Report on vaccination in Madras 1922-1929 - 1922-1929
Year: 1922
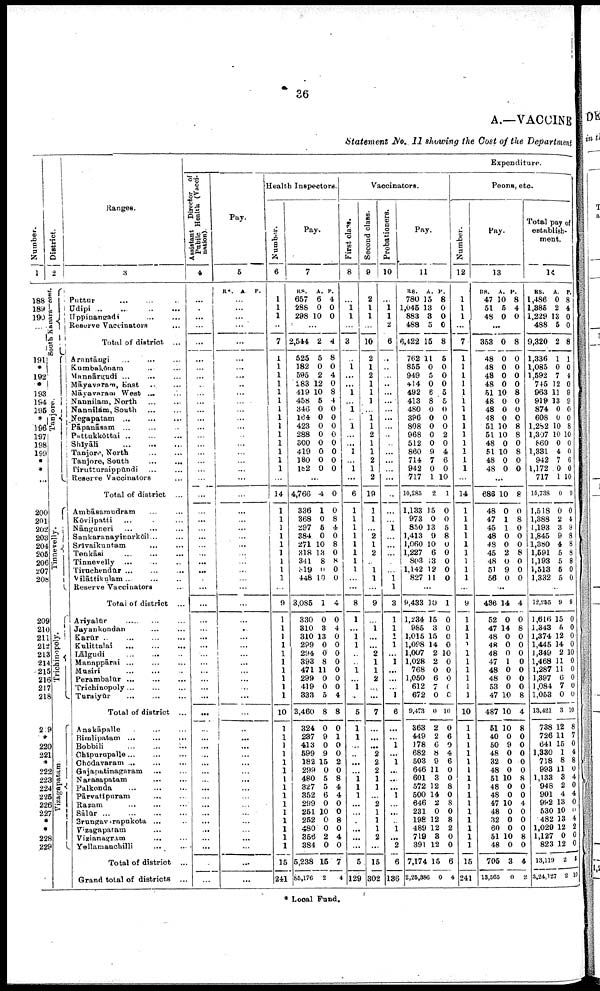
36
A.—VACCINE
Statement No. II showing the Cost of the Department
Number.
1
188
189
190
...
191
*
192
*
193
194
195
*
196
197
198
199
*
*
...
200
201
202
203
204
205
206
207
208
209
210
211
212
213
214
215
216
217
218
2 9
*
220
221
*
222
223
224
225
226
227
*
*
228
229
District.
2
South Kanara—cont.
Tanjore.
Tinnevelly.
Trichinopoly.
Vizagapatam.
Ranges.
3
Puttur...
...
...
...
Udipi...
...
...
Uppinangadi... ...
Reserve Vaccinators... ...
Total of district... ...
Arantāugi... ...
Kumbakōnam... ...
Mannārgudi... ...
Māyavaram,East... ... ...
Māyavnram West... ...
Nannilam, North... ...
Nannilām, South...
...
Negapatam...
...
...
Pāpanāsam ...
Pattukkōttai... ... ...
Shiyāli... ...
Tanjore, North... ...
Tanjore, South... ...
Pirutturaippūndi... ...
Reserve Vaccinators
Total of district ...
Ambāsamudram... ...
Kōvilpatti... ...
Nānguneri... ...
Sankaranayinarkōil... ... ..
Srivaikuntam... ...
Tenkāsi... ...
...
Tinnevelly... ...
Tiruchendūr... ...
Vilāttikulam... ... ..
Reserve Vaccinators...
Total of district ...
Ariyalūr... ...
...
Jayankondan... ...
Karūr... ... ... ...
Kulittalai... .
.
. ...
Lālgudi
...
...
Mannppārai... ... ...
Musiri... ... . . .
Perambalūr... ...
Trichinopoly.... ... ...
Turaiyūr... ...
Total of district ...
Anakāpalle... ...
Bimlipatam ...
Bobbili...
...
Chipurupalle... ...
Chōdavaram... ...
Gajapatinagaram... ...
Narasapatam... ...
Palkonda... ...
Pārvatipuram... ...
Razam... ...
Sālūr... ...
Srungavarapukota......
Vizagapatam... ...
Vizianagram... ... ... ...
Yellamanchilli... ...
Total of district ...
Grand total of districts ...
Expenditure.
Assistant Director of
Pubilc Health (Vacci
nation).
4
...
...
...
...
...
...
...
...
..
...
...
...
...
...
...
...
...
...
...
...
...
...
...
...
...
...
...
...
...
...
...
...
...
...
...
...
...
...
...
...
...
...
...
...
...
...
...
...
...
...
...
...
...
...
...
...
...
...
...
...
Pay.
5
RS. A. P.
...
...
...
...
...
...
...
...
..
...
...
...
...
...
...
...
...
...
...
...
...
...
...
...
...
...
...
...
...
...
...
...
...
...
...
...
...
...
...
...
...
...
...
...
... ...
...
...
...
...
...
...
...
...
...
...
...
...
...
...
Health Inspectors.
Number.
6
1
1
1
...
7
1
1
1
1
1
1
1
1
1
1
1
1
1
1
...
14
1
1
1
1
1
1
1
1
1
...
9
1
1
1
1
1
1
1
1
1
1
10
1
1
1
1
1
1
1
1
1
1
1
1
1
1
1
15
241
Pay.
7
RS.
657
288
298
A.
6
0
10
P.
4
0
0
...
2,544
525
182
595
183
419
458
346
164
423
288
300
419
180
182
2
5
0
2
12
10
5
0
0
0
0
0
0
0
0
4
8
0
4
0
8
4
0
0
0
0
0
0
0
0
...
4,766
336
368
297
384
271
318
341
319
448
4
1
0
5
0
10
13
8
0
10
0
0
8
4
0
8
0
8
0
0
3,085
330
310
310
299
294
393
471
299
419
333
3,460
324
237
413
599
182
299
480
327
352
299
251
252
480
356
384
5,238
85,176
1
0
3
13
0
0
8
11
0
0
5
8
0
9
0
9
15
0
5
5
6
0
10
0
0
2
0
15
2
4
0
4
0
0
0
0
0
0
0
4
8
0
1
0
0
2
0
8
4
4
0
0
8
0
4
0
7
4
Vaccinators.
First class.
8
...
1 1
...
3
...
1
...
...
1
...
l
...
1
...
...
1
...
1
...
6
1
1
1
1
1
1
1
1
...
...
8
1
...
1
1
...
...
1
...
1
..
5
1
1
... ...
...
...
1
1
1
...
...
...
...
...
...
5
129
Second class.
9
2
1
1
...
10
2
1
2
1
1
1
...
1
1
2
1
1
2
1
2
19
1
1
...
2
1
2
..
1
1
...
9
...
1
...
...
2
1
1
2
...
...
7
...
...
... 2
2
2
1
1
...
2
1
1
1
2
...
15
302
Probationers.
10
...
1
1
2
6
...
..
...
..
...
...
...
...
...
..
...
...
...
...
...
...
...
...
1
...
...
...
...
1 1
3
1
1
1
1
...
1
...
...
...
1
6
...
...
1
...
1
...
...
...
1
...
...
...
1
...
2
6
136
Pay.
11
RS.
780
1,045
883
488
6,422
762
855
949
414
492
413
480
396
808
968
512
860
714
942
717
10,285
1,133
973
850
1,413
1,060
1,227
803
1,142
827
A.
15
13
3
5
15
11
0
5
0
6
8
0
0
0
0
0
9
7
0
1
2
15
0
13
9
10
6
13
12
11
P.
8
0
0
0
8
5
0
0
0
5
5
0
0
0
2
0
4
6
0
10
l
0
0
5
8
0
0
0
0
0
...
9,433
1,234
985
1,016
1,098
1,007
1,028
768
1,050
612
672
9,473
363
449
178
682
503
646
601
572
500
646
231
198
489
719
391
7,174
2,25,386
10
15
3
15
14
2
2
0
6
7
0
0
2
2
6
8
9
11
3
12
14
2
0
12
12
3
12
15
0
1
0
0
0
0
10
0
0
0
0
0
10
0
6
0
4
6
0
0
8
0
8
0
8
2
0
0
6
4
Peons, etc.
Number.
12
1
1
1
...
7
1
1
1
1
1
1
1
1
1
1
1
1
1
1
...
14
1
1
1
1
1
1
1
1
1
...
9
1
1
1
1
1
1
1
1
1
1
10
1
1
1
1
1
1
1
1
1
1
1
1
1
1
1
15
241
Pay.
13
RS.
47
51
48
...
353
48
48
48
48
51
48
48
48
51
51
48
51
48
48
A.
10
5
0
...
0
0
0
0
0
10
0
0
0
10
10
0
10
0
0
P.
8
4
0
...
8
0
0
0
0
8
0
0
0
8
8
0
8
0
0
...
686
48
47
45
48
48
45
48
51
56
10
0
1
1
0
0
2
0
9
0
8
0
8
0
0
0
8
0
0
0
...
436
52
47
48
48
48
47
48
48
53
47
487
51
40
50
48
32
48
51
48
48
47
48
32
60
51
48
705
18,565
14
0
14
0
0
0
1
0
0
0
10
10
10
0
9
0
0
0
10
0
0
10
0
0
0
10
0
3
0
4
0
8
0
0
0
0
0
0
0
8
4
8
0
0
0
0
0
8
0
0
4
0
0
0
8
0
4
2
Total pay of
establish
ment.
14
RS.
1,486
1,385
1,229
488
9,320
1,336
1,085
1,592
745
963
919
874
608
1,282
1,397
860
1,331
942
1,172
717
16,738
1,518
1,388
1,193
1,845
1,380
1,591
1,193
1,513
1,332
A.
0
2
13
5
2
1
0
7
12
11
13
0
0
10
10
0
4
7
0
1
0
0
2
3
9
4
5
5
5
5
P.
8
4
0
0
8
1
0
4
0
9
9
0
0
8
10
0
0
6
0
10
9
0
4
9
8
8
8
8
0
0
...
12,955
l,616
1,343
1,374
1,445
1,349
1,468
1,287
1,397
1,084
1,053
13,421
738
726
641
1,330
718
993
1,133
946
901
992
530
482
1,029
1,127
823
13,119
3,24,127
9
15
5
12
14
2
11
11
6
7
0
3
12
11
15
1
8
11
3
2
4
13
10
13
12
0
12
2
2
9
0
0
0
0
10
0
0
0
0
0
10
8
7
0
4
8
0
4
0
4
0
0
4
2
0
0
5
10
* Local Fund.